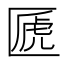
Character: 㔸